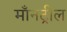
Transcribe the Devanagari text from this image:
माँनट्रील